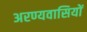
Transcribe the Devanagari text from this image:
अरण्यवासियों